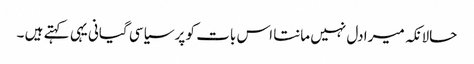
حالانکہ میرا دل نہیں مانتا اس بات کو پر سیاسی گیانی یہی کہتے ہیں ۔